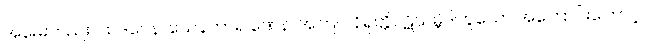
အမေးတည်း။ ယဒဂ္ဂေန၊ ယေနကာရ ဏေန၊ အကြင် နိရုတ္တိပဋိသမ္ဘိဒါဟူသော အကြောင်းကြောင့်။